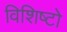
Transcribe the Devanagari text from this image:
विशिष्टो